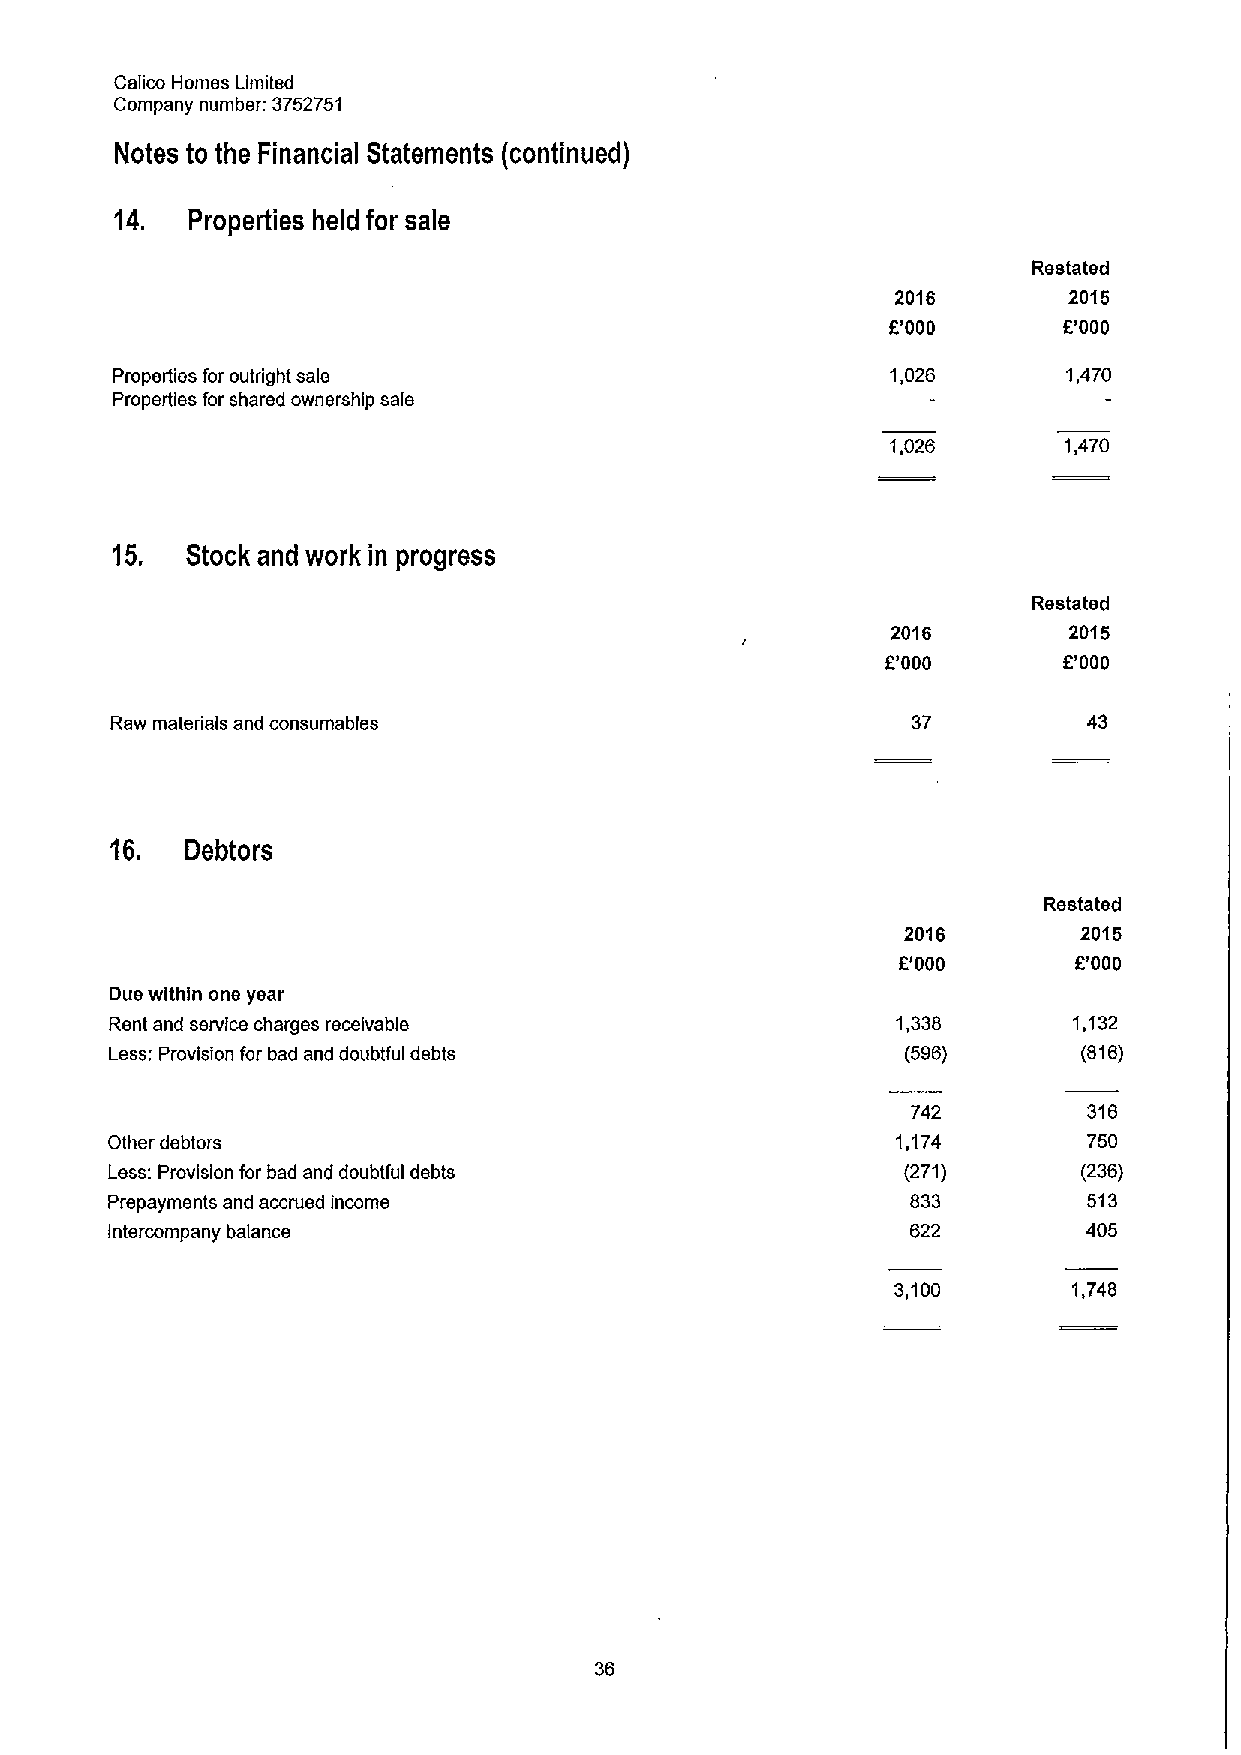
Calico Homes Limited
 Company number: 3752751
 Notes to the Financial Statements (continued)
 14. Properties held for sale
 Restated
 2016        2015
 E'000      E'000
 Properties for outright sale                        1,026       1,470
 Properties for shared ownership sale
 1,026      1,470
 15.  Stock and work in progress
 Restated
 2016        2015
 E'000      E'000
 Raw materials and consumables                        37          43
 16.  Debtors
 Restated
 2016        2015
 E'000       E'000
 Due within one year
 Rent and service charges receivable                 1,338       1,132
 Less: Provision for bad and doubtful debts           (596)       (816)
 742         316
 Other debtors                                       1,174        750
 Less: Provision for bad and doubtful debts           (271)       (236)
 Prepayments and accrued income                       833         513
 Intercompany balance                                 622         405
 3,100       1,748